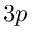
3 p